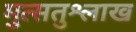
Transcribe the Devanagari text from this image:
मुत्सतुश्लाख